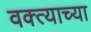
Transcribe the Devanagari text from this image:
वक्त्याच्या